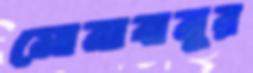
সোনাবানুর